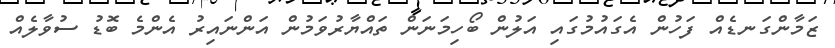
ޒަމާންގަނޑެއް ފަހުން އެގައުމުގައި އަލުން ބޯހިމަނަން ތައްޔާރުވަމުން އަންނައިރު އެންމެ ބޮޑު ސުވާލެއް